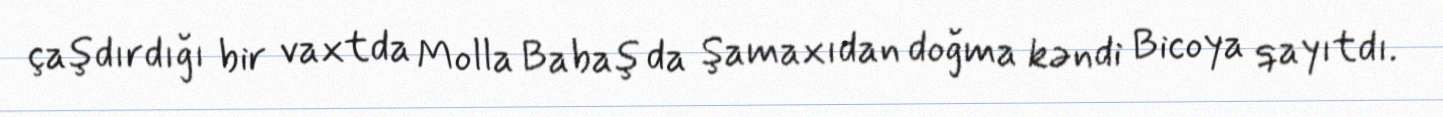
çaşdırdığı bir vaxtda Molla Babaş da Şamaxıdan doğma kəndi Bicoya qayıtdı.